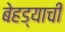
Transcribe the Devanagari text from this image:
बेहड्याची